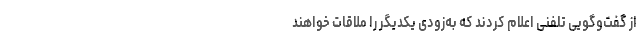
از گفت‌و‌گویی تلفنی اعلام کردند که به‌زودی یکدیگر را ملاقات خواهند